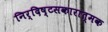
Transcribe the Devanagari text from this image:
निर्दिष्टसकारात्मक